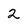
Character: 2